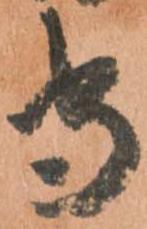
守